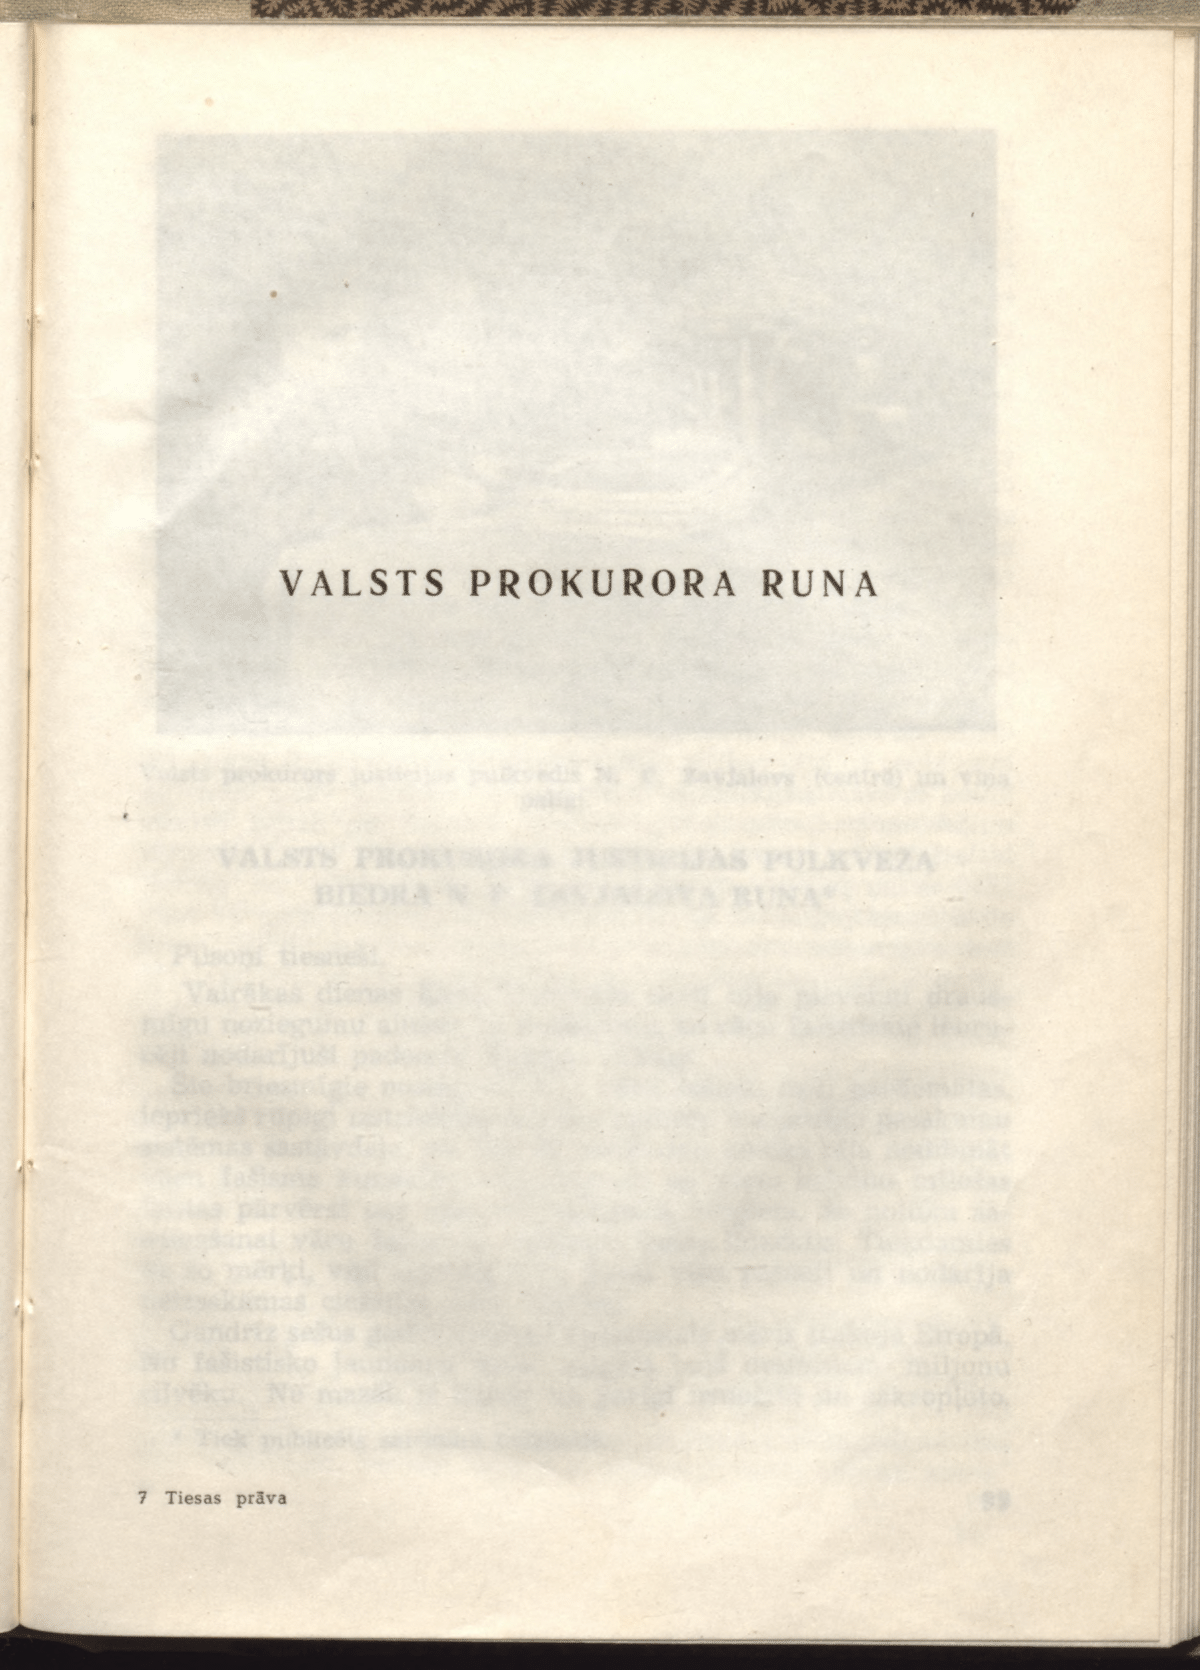
Language: lv